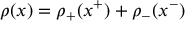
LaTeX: \rho ( x ) = \rho _ { + } ( x ^ { + } ) + \rho _ { - } ( x ^ { - } )